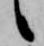
候